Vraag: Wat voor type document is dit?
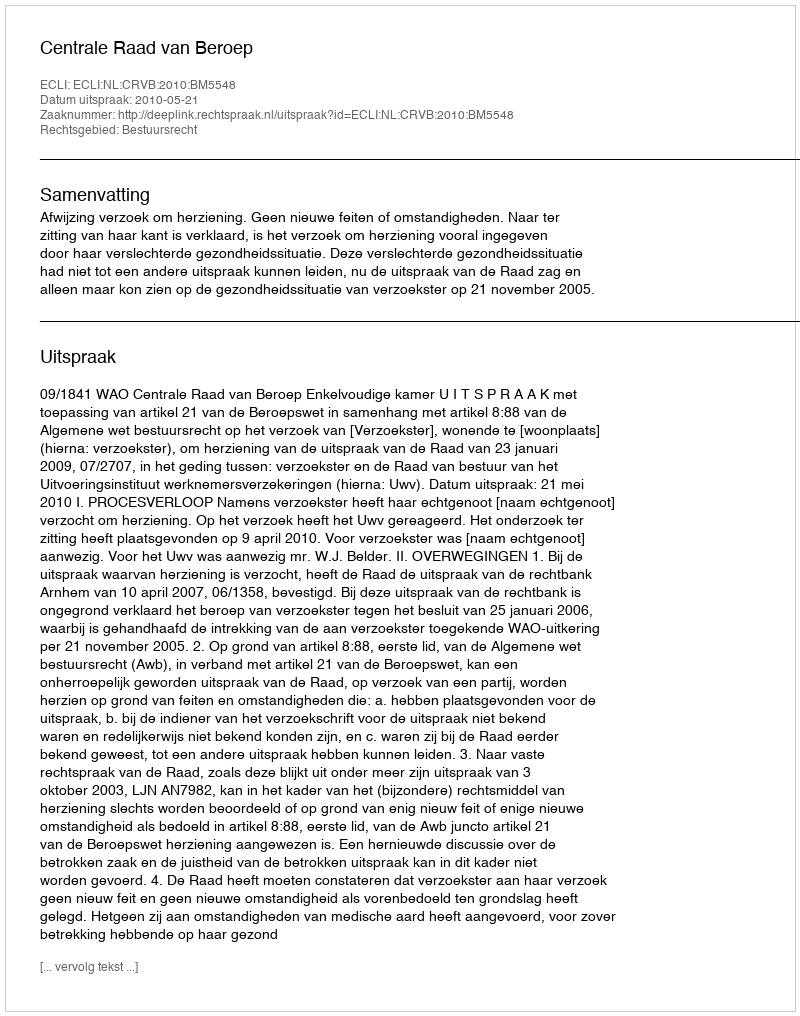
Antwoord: Uitspraak